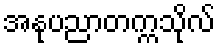
အနုပညာတက္ကသိုလ်